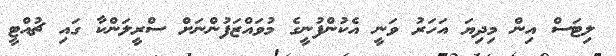
ލިޓަސް އިން މިދިޔަ އަހަރު ވަނީ އެކުންފުނީގެ މުވައްޒަފުންނަށް ސްރީލަންކާ ގައި ޗުއްޓީ